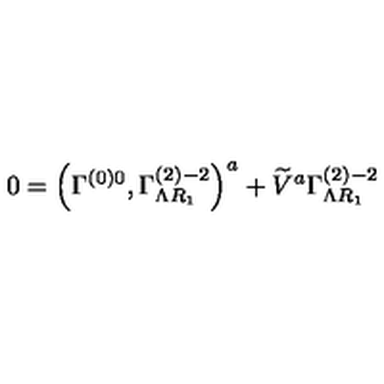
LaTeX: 0 = \left( \Gamma _ { } ^ { \left( 0 \right) 0 } , \Gamma _ { \Lambda R _ { 1 } } ^ { \left( 2 \right) - 2 } \right) ^ { a } + \widetilde { V } ^ { a } \Gamma _ { \Lambda R _ { 1 } } ^ { \left( 2 \right) - 2 }